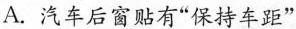
A.汽车后窗贴有”保持车距”